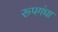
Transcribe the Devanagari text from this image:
रूपगंधा